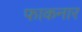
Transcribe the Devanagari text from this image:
फाकनार